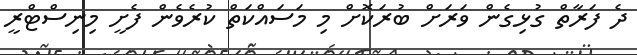
ދެ ފަރާތް ގުޅިގެން ވަރަށް ބުރަކޮށް މި މަސައްކަތް ކުރެވެން ފެށީ މިނިސްޓްރީ